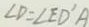
\angle D = \angle E D ^ { \prime } A